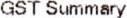
GST SUMMARY